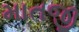
માતજી